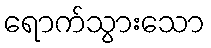
ရောက်သွားသော